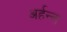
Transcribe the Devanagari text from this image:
अर्हन्त